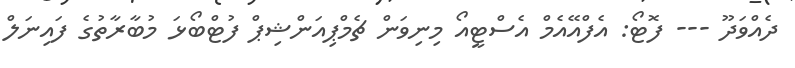
ދެއްވަދޫ --- ފޮޓޯ: އެފްއޭއެމް އެސްޓީއޯ މިނިވަން ޗެމްޕިއަންޝިޕް ފުޓްބޯޅަ މުބާރާތުގެ ފައިނަލް